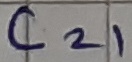
Text: C21